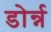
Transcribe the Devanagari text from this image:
डोर्न्न